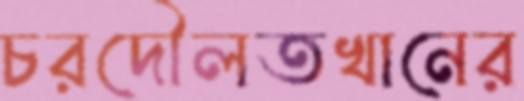
চরদৌলতখানের